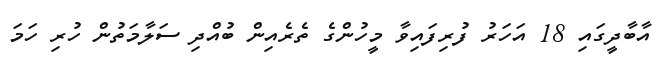
އާބާދީގައި 18 އަހަރު ފުރިފައިވާ މީހުންގެ ތެރެއިން ބުއްދި ސަލާމަތުން ހުރި ހަމަ